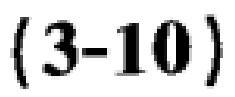
$(3 - 10)$